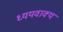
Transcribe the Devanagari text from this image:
ध्ययवाक्य